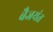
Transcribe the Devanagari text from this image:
बैजयंत